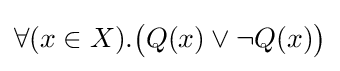
\forall (x\in X).{\big (}Q(x)\lor \neg Q(x){\big )}